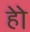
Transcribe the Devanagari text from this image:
हेेो